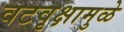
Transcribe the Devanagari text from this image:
वटवृक्षामुळे